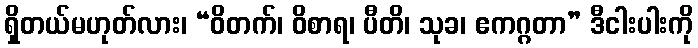
ရှိတယ်မဟုတ်လား၊ “ဝိတက်၊ ဝိစာရ၊ ပီတိ၊ သုခ၊ ဧကဂ္ဂတာ” ဒီငါးပါးကို